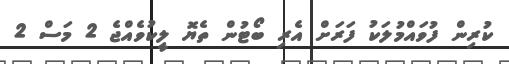
ކުރިން ފުވައްމުލަކު ފަރަށް އެރި ބޯޓުން ތެޔޮ ލީކުވެއްޖެ 2 މަސް 2